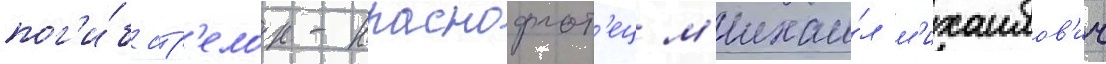
пог'и́б стр'елок-краснофлот'ец м'ихаи́л м'ихаилов'ич